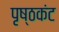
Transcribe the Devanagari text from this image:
पृष्ठकंट